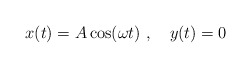
\begin{align*}x(t) = A \cos (\omega t) \ , \ \ \ y(t) =0\end{align*}